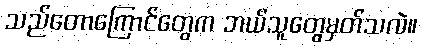
သည်တောကြောင်တွေက ဘယ်သူတွေမှတ်သလဲ။